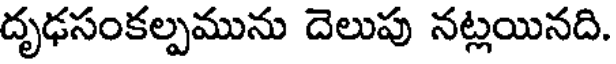
దృఢసంకల్పమును దెలుపు నట్లయినది.